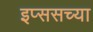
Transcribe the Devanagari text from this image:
इप्ससच्या